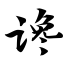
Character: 谗